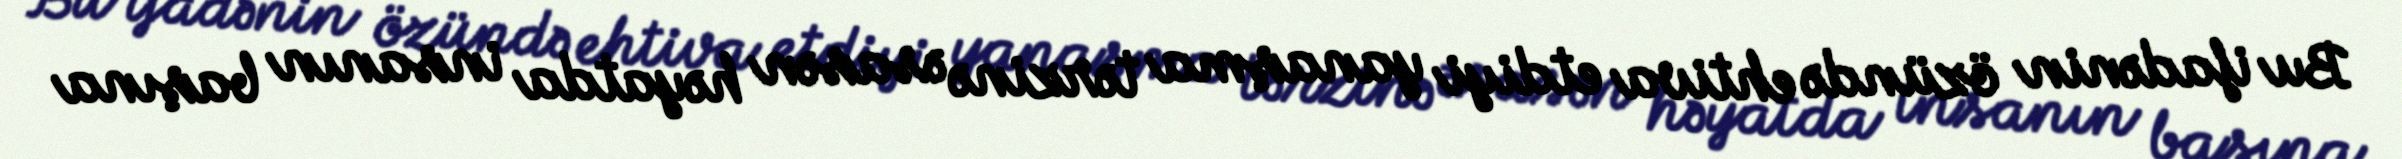
Bu ifadənin özündə ehtiva etdiyi yanaşma tərzinə əsasən həyatda insanın başına